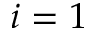
i = 1